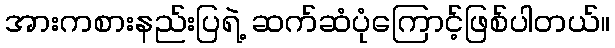
အားကစားနည်းပြရဲ့ ဆက်ဆံပုံကြောင့်ဖြစ်ပါတယ်။